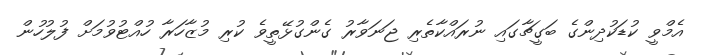
އެމްވީ ކުޑަކުދިންގެ ބަގީޗާގައި ނުރައްކާތެރި ޖަނަވާރު ގެންގުޅޭތީވެ ކުރި މުޒާހަރާ ހުއްޓުވުމަށް ފުލުހުން